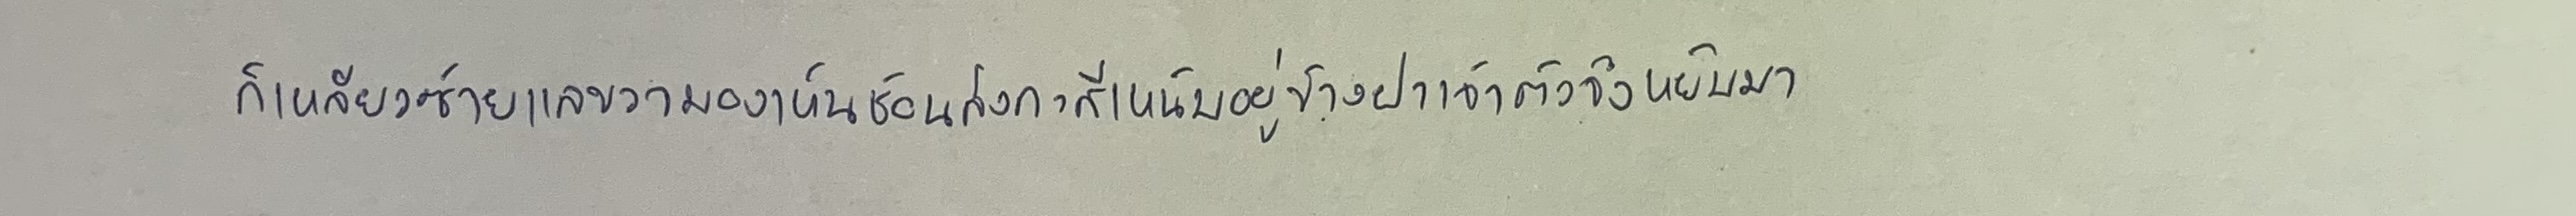
ก็เหลียวซ้ายแลขวามองเห็นช้อนสังกะสีเหน็บอยู่ข้างฝาเจ้าตัวจึงหยิบมา